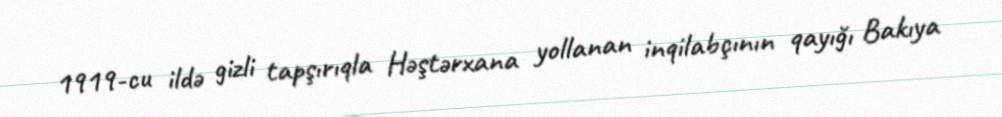
1919-cu ildə gizli tapşırıqla Həştərxana yollanan inqilabçının qayığı Bakıya